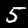
Label: 5